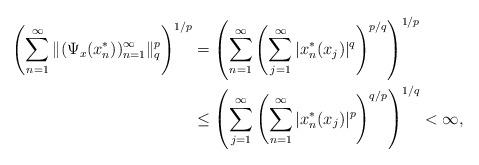
LaTeX: \begin{align*}\left(\sum_{n=1}^{\infty}\|(\Psi_x(x^*_n))_{n=1}^\infty\|_{q}^{p}\right)^{1/{p}} & = \left(\sum_{n=1}^\infty \left(\sum_{j=1}^\infty |x_{n}^*(x_{j})|^{q}\right)^{{p}/{q}}\right)^{1/{p}} \\& \le \left(\sum_{j=1}^\infty \left(\sum_{n=1}^\infty |x_{n}^*(x_{j})|^{p}\right)^{{q}/{p}}\right)^{1/{q}} < \infty,\end{align*}